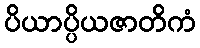
ပိယာပ္ပိယဇာတိကံ